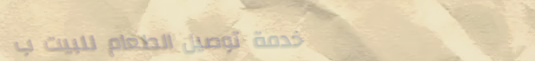
خدمة توصيل الطعام للبيت ب